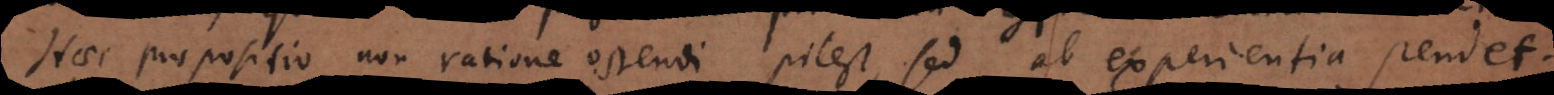
Haec propositio non ratione ostendi potest, sed ab experientia pendet.